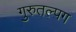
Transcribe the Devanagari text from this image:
गुरुतल्पग